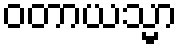
ဝတာယသ္မာ